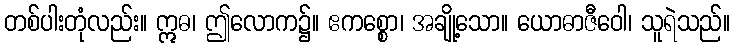
တစ်ပါးတုံလည်း။ ဣဓ၊ ဤလောက၌။ ဧကစ္စော၊ အချို့သော။ ယောဓာဇီဝေါ၊ သူရဲသည်။